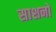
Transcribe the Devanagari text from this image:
साशनों